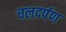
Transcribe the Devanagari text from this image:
चलदर्पण